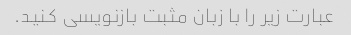
عبارت زیر را با زبان مثبت بازنویسی کنید.